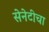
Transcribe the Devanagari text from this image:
सेनेटीचा